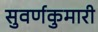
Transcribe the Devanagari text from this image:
सुवर्णकुमारी